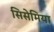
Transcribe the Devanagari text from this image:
सिसेमिया